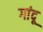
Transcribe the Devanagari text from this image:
गांदू